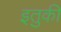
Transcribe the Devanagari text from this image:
इतुकी